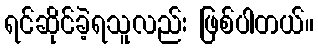
ရင်ဆိုင်ခဲ့ရသူလည်း ဖြစ်ပါတယ်။